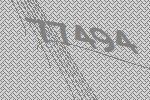
77494